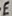
Text: E